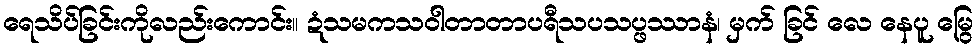
ရေသိပ်ခြင်းကိုလည်းကောင်း။ ဍံသမကသဝါတာတာပရီသပသပ္ဖဿာနံ၊ မှက် ခြင် လေ နေပူ မြွေ